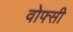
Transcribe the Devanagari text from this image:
वोफ्सी